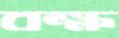
বক্ষ